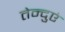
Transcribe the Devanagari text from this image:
तेन्दुएं